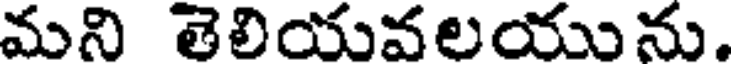
మని తెలియవలయును.